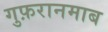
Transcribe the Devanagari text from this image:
गुफ़रानमाब